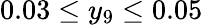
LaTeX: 0.03\leq y_{9}\leq 0.05